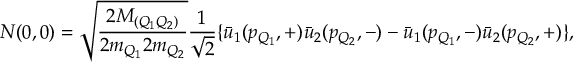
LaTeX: \displaystyle { \cal N } ( 0 , 0 ) = \sqrt { \frac { 2 M _ { ( Q _ { 1 } Q _ { 2 } ) } } { 2 m _ { Q _ { 1 } } 2 m _ { Q _ { 2 } } } } \frac { 1 } { \sqrt { 2 } } \{ \bar { u } _ { 1 } ( p _ { Q _ { 1 } } , + ) \bar { u } _ { 2 } ( p _ { Q _ { 2 } } , - ) - \bar { u } _ { 1 } ( p _ { Q _ { 1 } } , - ) \bar { u } _ { 2 } ( p _ { Q _ { 2 } } , + ) \} ,